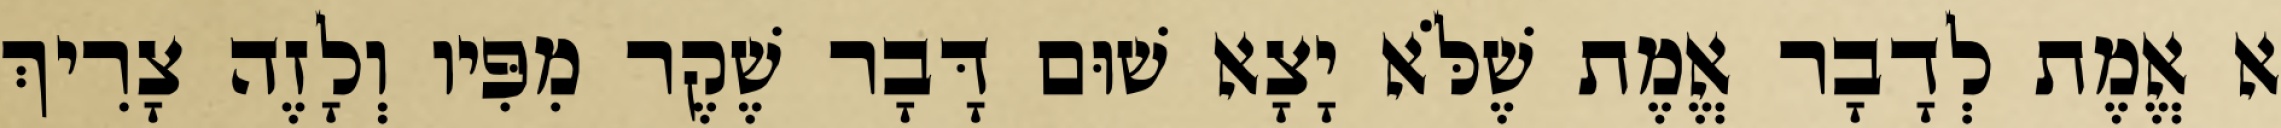
א אֱמֶת לְדָבָר אֱמֶת שֶׁלֹּא יָצָא שׁוּם דָּבָר שֶׁקֶר מִפִּיו וְלָזֶה צָרִיךְ